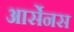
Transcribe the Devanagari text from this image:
आर्सेनस